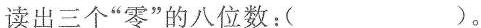
读出三个”零”的八位数：( )。